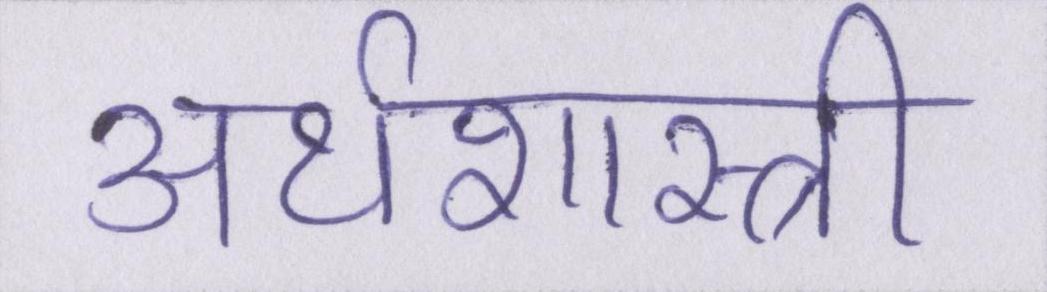
अर्थशास्त्री